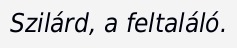
Szilárd, a feltaláló.